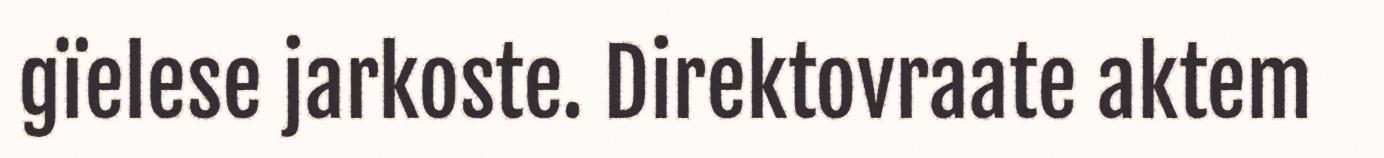
gïelese jarkoste. Direktovraate aktem